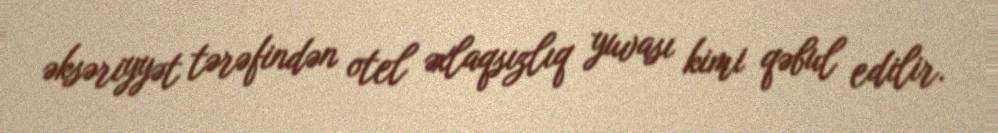
əksəriyyət tərəfindən otel əxlaqsızlıq yuvası kimi qəbul edilir.